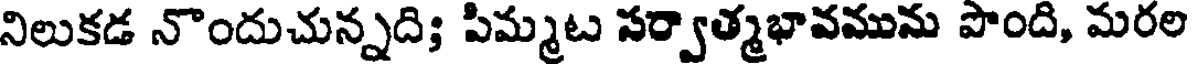
నిలుకడ నొందుచున్నది; పిమ్మట సర్వాత్మభావమును పొంది, మరల